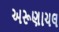
અરૂણાચલ